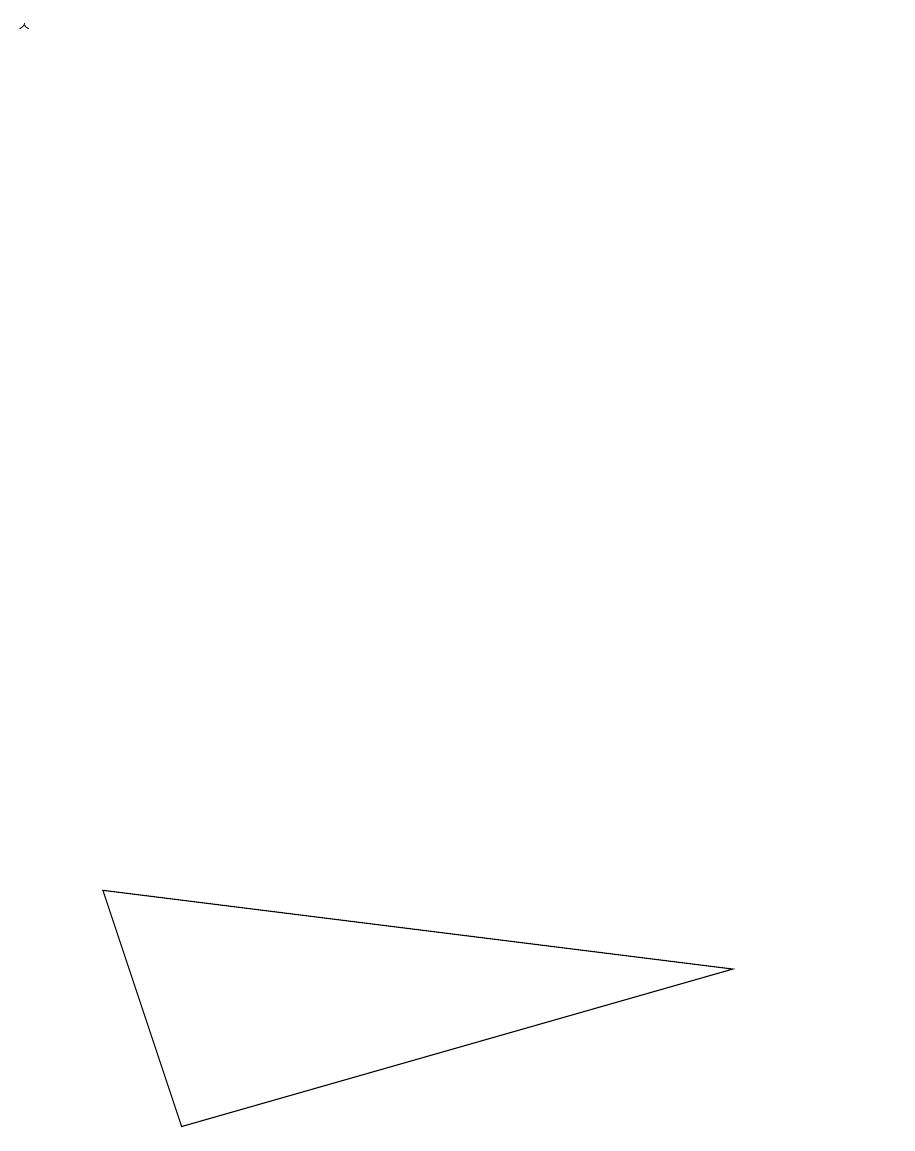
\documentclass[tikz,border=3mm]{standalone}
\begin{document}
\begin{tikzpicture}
\draw[->] (0,17) -- (0,17);
\draw (11,12) circle (0);
\draw (9,5) -- (1,6) -- (2,3) -- cycle;
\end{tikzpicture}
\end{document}